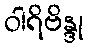
ဝါရိဗိန္ဒု